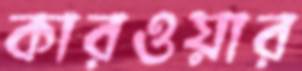
কারওয়ার